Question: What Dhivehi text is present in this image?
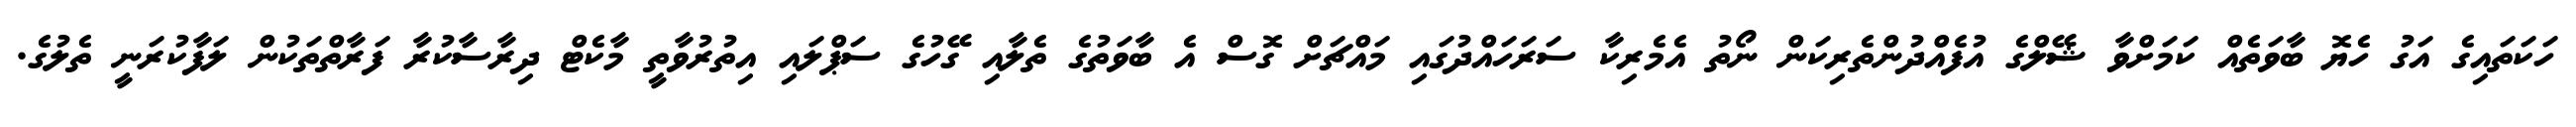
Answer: ހަކަތައިގެ އަގު ހެޔޮ ބާވަތެއް ކަމަށްވާ ޝޭލްގެ އުފެއްދުންތެރިކަން ނޯތު އެމެރިކާ ސަރަހައްދުގައި މައްޗަށް ގޮސް އެ ބާވަތުގެ ތެލާއި ގޭހުގެ ސަޕްލައި އިތުރުވާތީ މާކެޓް ދިރާސާކުރާ ފަރާތްތަކުން ލަފާކުރަނީ ތެލުގެ.